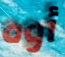
أوه